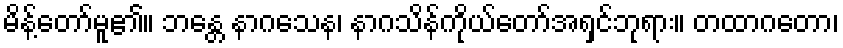
မိန့်တော်မူ၏။ ဘန္တေ နာဂသေန၊ နာဂသိန်ကိုယ်တော်အရှင်ဘုရား။ တထာဂတော၊